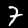
Label: 7